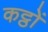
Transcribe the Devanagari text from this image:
कट्ठों